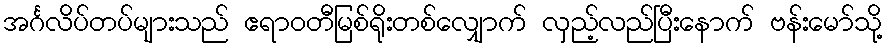
အင်္ဂလိပ်တပ်များသည် ဧရာဝတီမြစ်ရိုးတစ်လျှောက် လှည့်လည်ပြီးနောက် ဗန်းမော်သို့